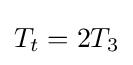
{\textstyle T_{t}=2T_{3}}